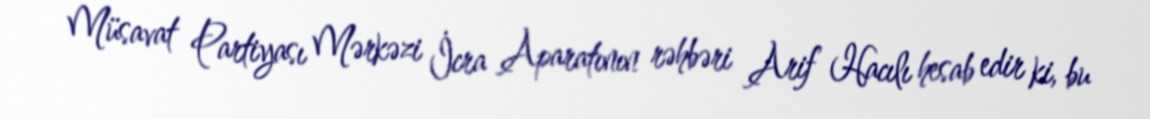
Müsavat Partiyası Mərkəzi İcra Aparatının rəhbəri Arif Hacılı hesab edir ki, bu